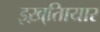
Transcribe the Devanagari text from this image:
इख़्तिायार